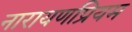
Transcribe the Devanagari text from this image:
नारायणप्रियम